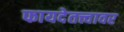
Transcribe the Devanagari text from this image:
फायदेतत्त्वावर